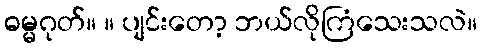
ဓမ္မဂုတ်။ ။ ပျင်းတော့ ဘယ်လိုကြံသေးသလဲ။